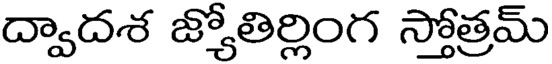
ద్వాదశ జ్యోతిర్లింగ స్తోత్రమ్